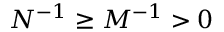
N ^ { - 1 } \geq M ^ { - 1 } > 0